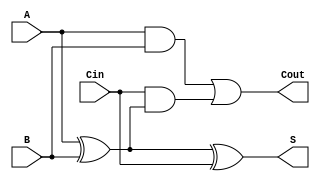
module FullAdder (
    input wire A,      // First significant bit
    input wire B,      // Second significant bit
    input wire Cin,    // Carry-in bit
    output wire S,     // Sum output
    output wire Cout   // Carry-out output
);

// Intermediate wire for the first XOR operation
wire X;

// Compute the sum (S) using XOR gates
assign X = A ^ B;      // First XOR gate: X = A  B
assign S = X ^ Cin;    // Second XOR gate: S = X  Cin

// Compute the carry-out (Cout) using AND and OR gates
assign Cout = (A & B) | (Cin & X); // Cout = (A  B) + (Cin  (A  B))

endmodule